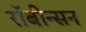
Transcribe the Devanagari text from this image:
रॉबीन्सन